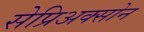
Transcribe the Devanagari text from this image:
सेप्रिअक्सोन